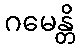
ဂမေန္တိ